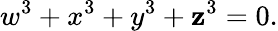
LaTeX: w^{3}+x^{3}+y^{3}+\mathbf{z}^{3}=0.